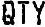
QTY